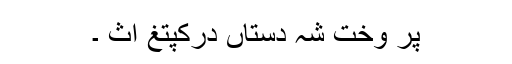
پر وخت شہ دستاں درکپتغ اث ۔